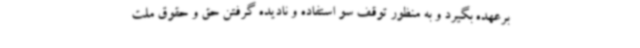
برعهده بگیرد و به منظور توقف سو استفاده و نادیده گرفتن حق و حقوق ملت